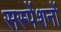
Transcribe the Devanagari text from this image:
सस्पेंशनों